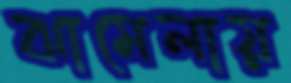
ঝামেলায়